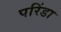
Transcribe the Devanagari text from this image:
परिंडा